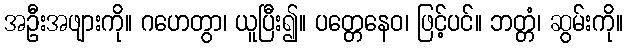
အဦးအဖျားကို။ ဂဟေတွာ၊ ယူပြီး၍။ ပတ္တေနေဝ၊ ဖြင့်ပင်။ ဘတ္တံ၊ ဆွမ်းကို။